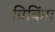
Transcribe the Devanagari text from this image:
प्रिकिंग